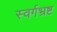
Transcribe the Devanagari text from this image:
स्वर्गभ्रष्ट